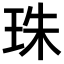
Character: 珠